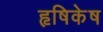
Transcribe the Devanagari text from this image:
हृषिकेष